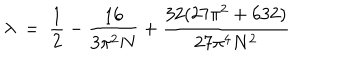
\lambda ~ = ~ \frac { 1 } { 2 } - \frac { 1 6 } { 3 \pi ^ { 2 } N } + \frac { 3 2 ( 2 7 \pi ^ { 2 } + 6 3 2 ) } { 2 7 \pi ^ { 4 } N ^ { 2 } }